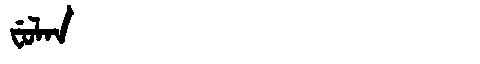
Manchu: ᠸᡠᠯᠠᠨ
Romanization: FULAN